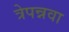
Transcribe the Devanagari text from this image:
त्रेपन्नवा